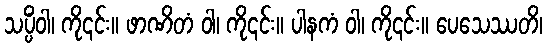
သပ္ပိံဝါ၊ ကို၎င်း။ ဖာဏိတံ ဝါ၊ ကို၎င်း။ ပါနကံ ဝါ၊ ကို၎င်း။ ပေသေဿတိ၊